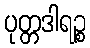
ပုတ္တဒါရဉ္စ